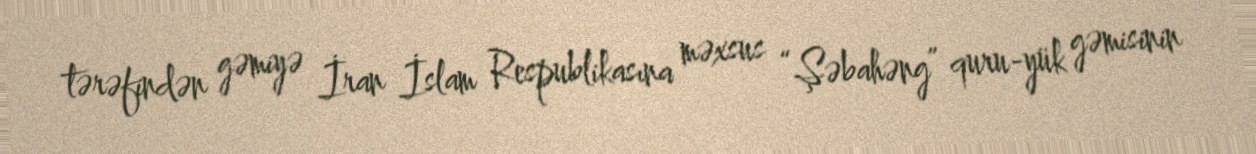
tərəfindən gəmiyə İran İslam Respublikasına məxsus “Şəbahəng” quru-yük gəmisinin